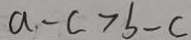
a - c > b - c